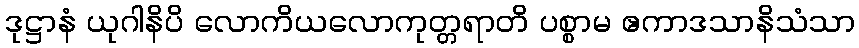
ဒုဋ္ဌာနံ ယုဂါနိပိ လောကိယလောကုတ္တရာတိ ပစ္စာမ ဧကာဒသာနိသံသာ